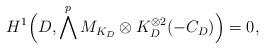
LaTeX: \begin{align*}H^1\Bigl(D, \bigwedge^p M_{K_D}\otimes K_D^{\otimes 2}(-C_D)\Bigr)=0,\end{align*}